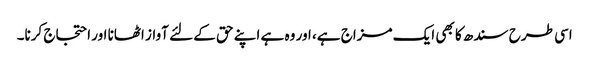
اسی طرح سندھ کا بھی ایک مزاج ہے، اور وہ ہے اپنے حق کے لئے آواز اٹھانا اور احتجاج کرنا۔